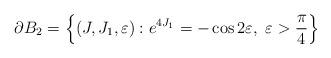
LaTeX: \begin{align*}\partial B_2= \left\{ (J,J_1,\varepsilon):e^{4J_1} = - \cos2\varepsilon,\ \varepsilon > \frac{\pi}{4} \right\}\end{align*}